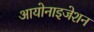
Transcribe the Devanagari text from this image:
आयोनाइजेशन